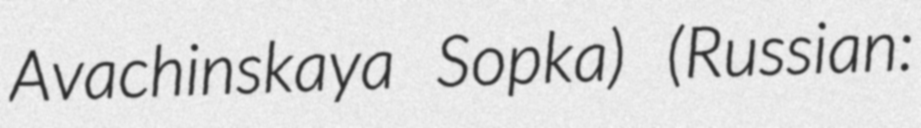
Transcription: Avachinskaya Sopka) (Russian: